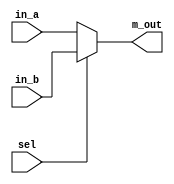
module Mux


(
input [63:0] in_a, in_b,

input sel,

output reg [63:0] m_out

);


always @ (sel or in_a or in_b)

 begin
    if (sel == 1'b0) 
      
      m_out = in_a;
      
    else   
                                               
      m_out = in_b;
      
 end
 
 endmodule